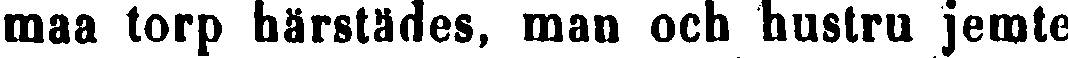
maa torp härstädes, man och hustru jemte